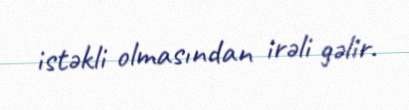
istəkli olmasından irəli gəlir.